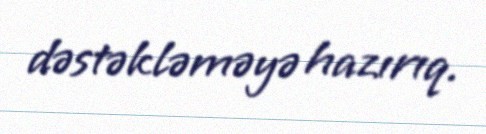
dəstəkləməyə hazırıq.